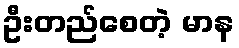
ဦးတည်စေတဲ့ မာန